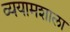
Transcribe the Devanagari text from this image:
व्ययामशाला